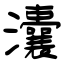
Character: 灢